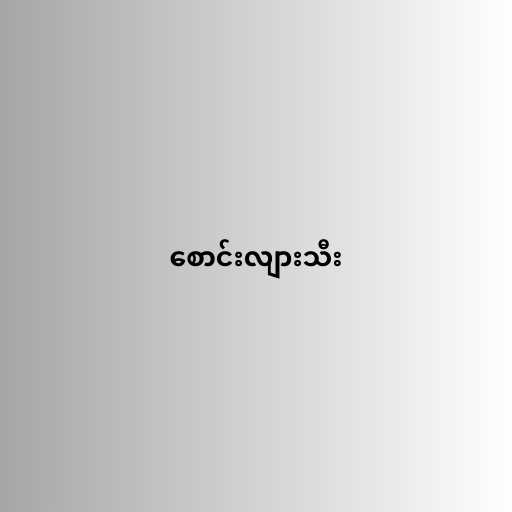
စောင်းလျားသီး